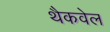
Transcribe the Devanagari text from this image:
थैकवेल